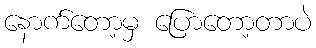
နောက်တော့မှ ပြောတော့တာပဲ